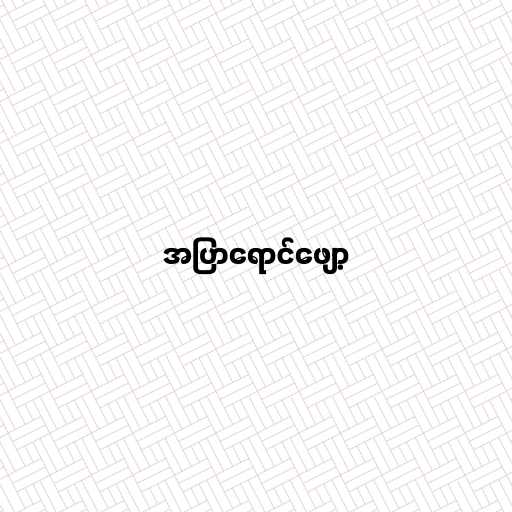
အပြာရောင်ဖျော့